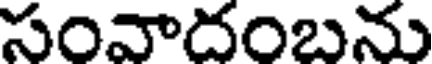
సంవాదంబను